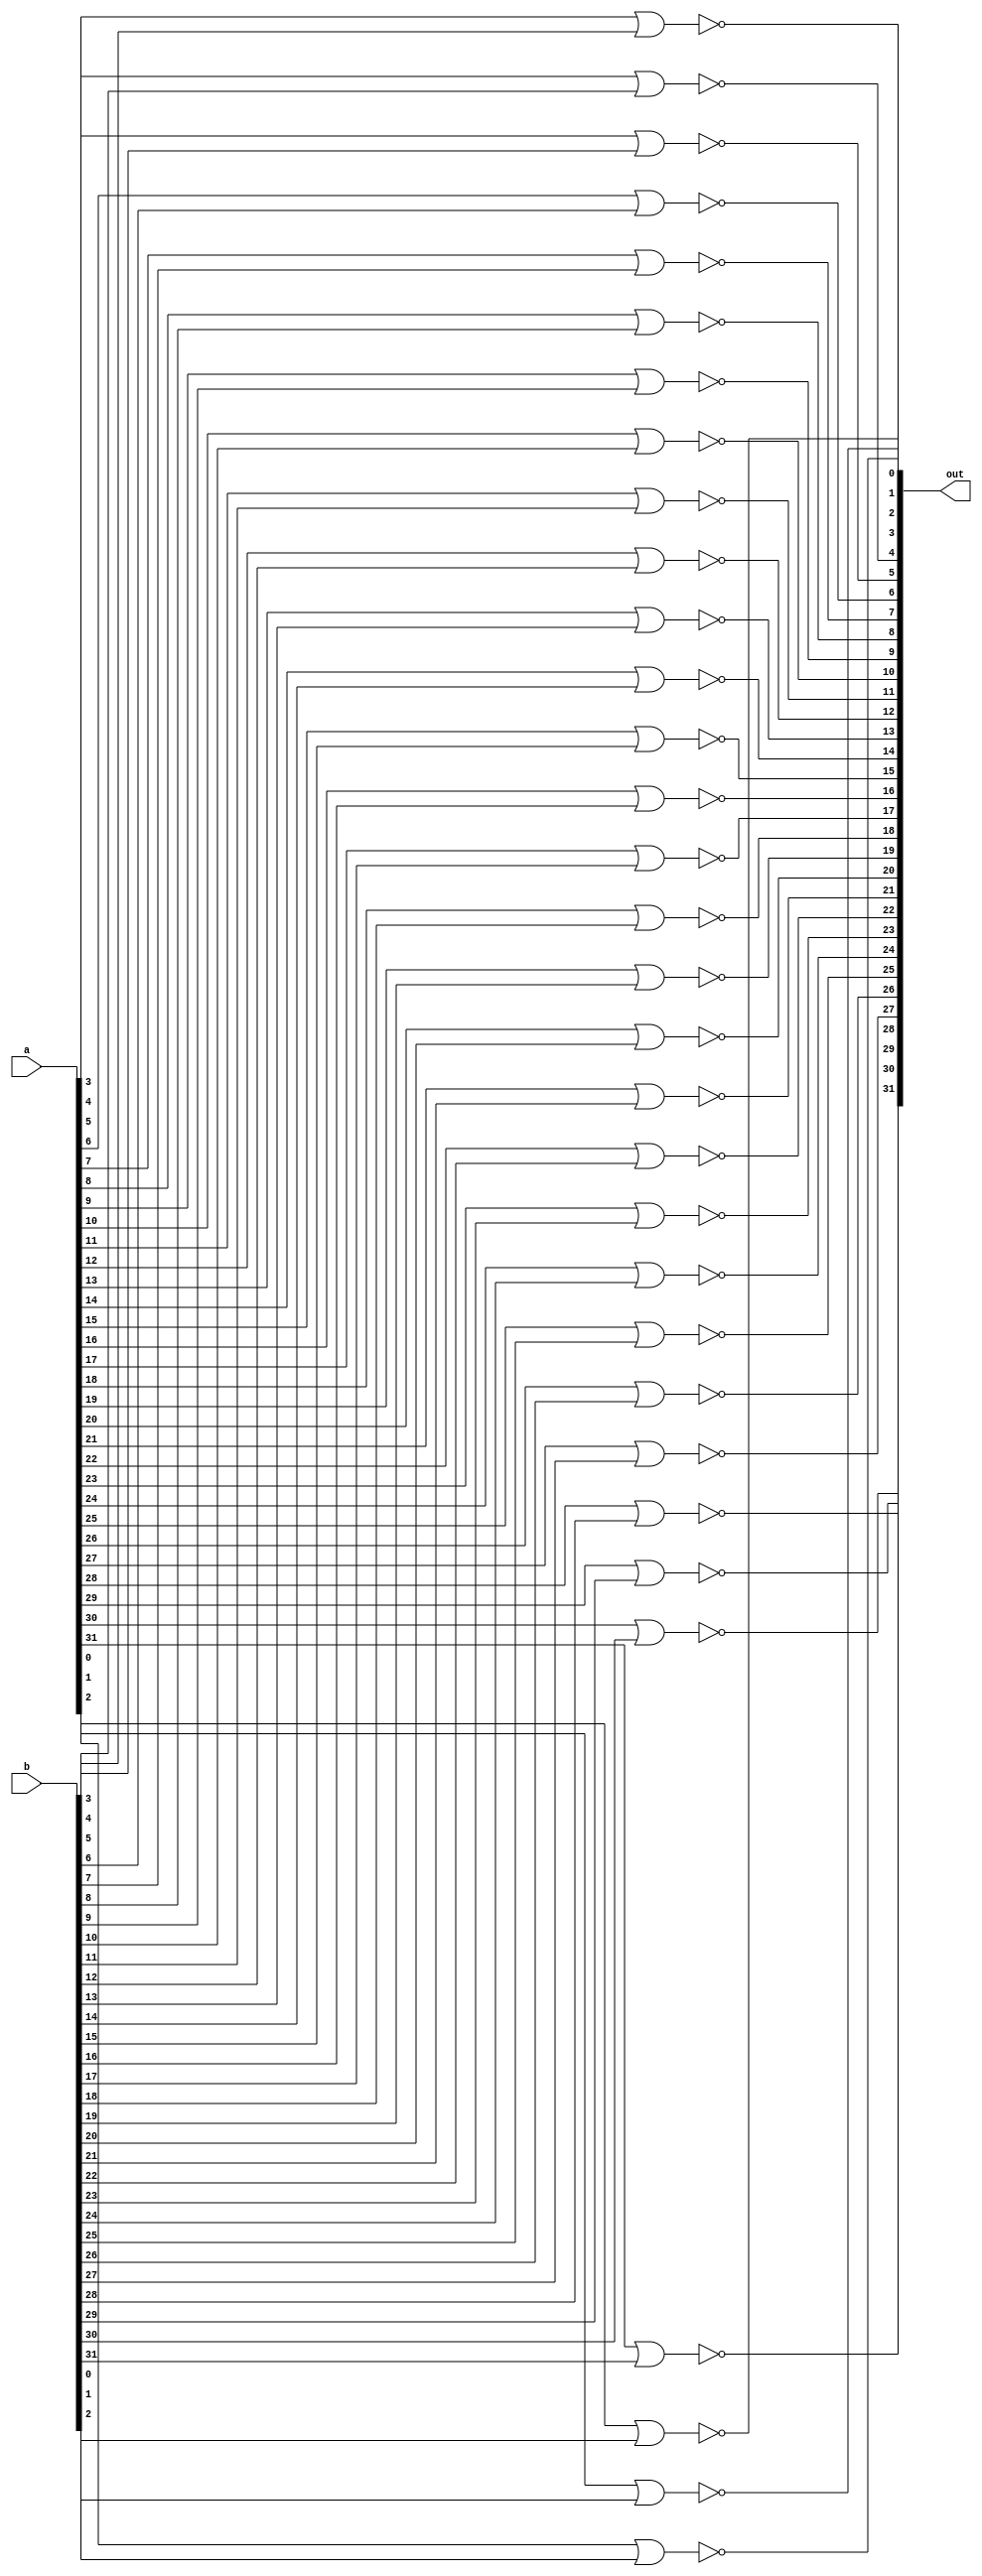
module nor32(out, a, b);

input [31:0] a, b;
output [31:0] out;

   // 32 bit nor operation
	nor(out[0], a[0], b[0]);
	nor(out[1], a[1], b[1]);
	nor(out[2], a[2], b[2]);
	nor(out[3], a[3], b[3]);
	nor(out[4], a[4], b[4]);
	nor(out[5], a[5], b[5]);
	nor(out[6], a[6], b[6]);
	nor(out[7], a[7], b[7]);
	nor(out[8], a[8], b[8]);
	nor(out[9], a[9], b[9]);
	nor(out[10], a[10], b[10]);
	nor(out[11], a[11], b[11]);
	nor(out[12], a[12], b[12]);
	nor(out[13], a[13], b[13]);
	nor(out[14], a[14], b[14]);
	nor(out[15], a[15], b[15]);
	nor(out[16], a[16], b[16]);
	nor(out[17], a[17], b[17]);
	nor(out[18], a[18], b[18]);
	nor(out[19], a[19], b[19]);
	nor(out[20], a[20], b[20]);
	nor(out[21], a[21], b[21]);
	nor(out[22], a[22], b[22]);
	nor(out[23], a[23], b[23]);
	nor(out[24], a[24], b[24]);
	nor(out[25], a[25], b[25]);
	nor(out[26], a[26], b[26]);
	nor(out[27], a[27], b[27]);
	nor(out[28], a[28], b[28]);
	nor(out[29], a[29], b[29]);
	nor(out[30], a[30], b[30]);
	nor(out[31], a[31], b[31]);

endmodule